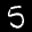
Label: 5